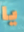
يا